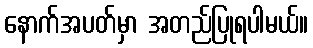
နောက်အပတ်မှာ အတည်ပြုရပါမယ်။